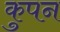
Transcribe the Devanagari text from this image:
कुपन